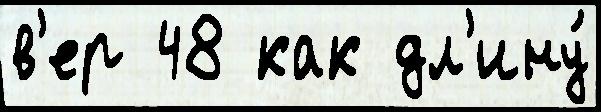
в'ер 48 как дл'ину́